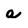
Character: a